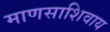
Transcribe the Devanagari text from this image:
माणसाशिवाय